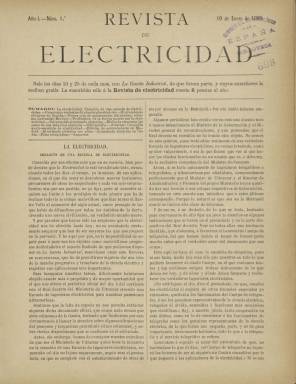
Título: Revista de electricidad
Colección: Industria
Ámbito geográfico: Madrid
Lugar de publicación: Madrid
Fechas: 10/01/1890-25/12/1890

A la altura de 1890 la energía eléctrica había alcanzado ya un grado de desarrollo en España que, aunque pequeño comparado con otros países más industrializados, era ya suficiente para que surgieran medios especializados. Así,  el 1 de enero de ese año y dos veces al mes salió esta publicación que se distribuía gratis junto con La Gaceta industrial, aunque también era posible suscribirse únicamente a la Revista de electricidad.

   De ocho páginas y compuesta a dos columnas, incluía dibujos, grabados de aparatos eléctricos y de vez en cuando alguna fotografía, cuya aparición en la prensa iba poco a poco extendiéndose. La última página estaba dedicada a anuncios de empresas instaladoras, componentes, máquinas y todo tipo de material relacionado con la electricidad.

   En su primer número, la publicación deja claro que los progresos y avances en el campo eléctrico son tan grandes que el espacio de La Gaceta industrial era limitado para dar cobertura de ellos. “ Y por grandes que hayan sido las sorpresas que la electricidad nos ha ofrecido hasta hoy, no es aventurado ciertamente asegurar que han de ser mayores las que nos prepara en lo porvenir”, dice para informar a continuación de la creación por parte del Ministerio de Ultramar  de una Escuela de ingenieros electricistas para las posesiones coloniales españolas, territorios que pronto se perderían en el Desastre del 98.

  En este mismo número puede leerse un artículo sobre el presupuesto para la instalación de una estación de mediana capacidad con el fin de que poblaciones pequeñas pudieran proveerse de alumbrado eléctrico, así como una estadística de las ciudades españolas que cuentan ya con alumbrado público y privado como, por ejemplo, el número de lámparas con que cuentan los teatros madrileños.

  Los artículos de la revista tenían generalmente un contenido técnico sobre nuevos procedimientos, aparatos y material. Aunque también había una sección de noticias para dar cuenta de las novedades de las compañías, la normativa o el avance del alumbrado y del transporte en España. Dedicó amplio espacio a informar sobre los tranvías eléctricos, la gran novedad del transporte urbano. Había también una pequeña sección de bibliografía.

   La Revista de electricidad terminó con el número del 25 de diciembre de 1890 junto con La Gaceta industrial, dado que ambas se fusionaron con La Ciencia eléctrica, publicación que había salido ese mismo año, para crear conjuntamente la Gaceta industrial y ciencia eléctrica.

[Descripción publicada el 26/7/2018]